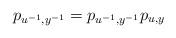
LaTeX: \begin{align*}p_{u^{-1},y^{-1}}=p_{u^{-1},y^{-1}}p_{u,y}\end{align*}